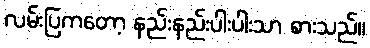
လမ်းပြကတော့ နည်းနည်းပါးပါးသာ စားသည်။